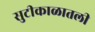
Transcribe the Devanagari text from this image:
सुटीकाळातली